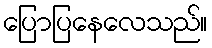
ပြောပြနေလေသည်။